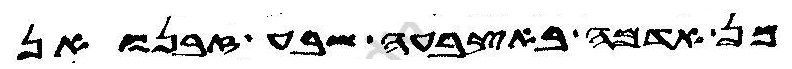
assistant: מן אדמה באצבעה שבע זבנואן